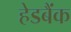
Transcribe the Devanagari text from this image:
हेडबैंक